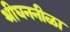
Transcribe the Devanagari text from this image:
श्रीघननीळा